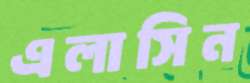
এলাসিন